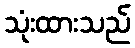
သုံးထားသည်